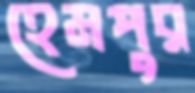
হেমপুর